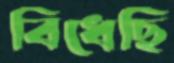
বিঁধেছি